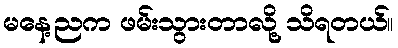
မနေ့ညက ဖမ်းသွားတာလို့ သိရတယ်။